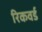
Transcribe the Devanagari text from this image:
रिकवर्ड